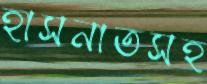
হাসনাতসহ